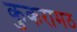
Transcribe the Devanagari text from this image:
कुकरामठ